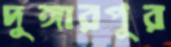
দুঙ্গারপুর